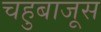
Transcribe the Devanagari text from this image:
चहुबाजूस